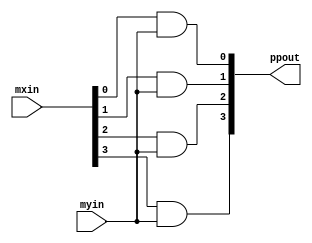
module ppgen4x1 (mxin, myin, ppout);
    input[3:0] mxin;
    input myin;
    output[3:0] ppout;

    assign ppout[0] = mxin[0] & myin;
    assign ppout[1] = mxin[1] & myin;
    assign ppout[2] = mxin[2] & myin;
    assign ppout[3] = mxin[3] & myin;
endmodule